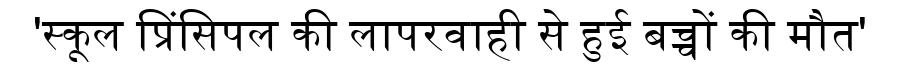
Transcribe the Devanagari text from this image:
'स्कूल प्रिंसिपल की लापरवाही से हुई बच्चों की मौत'